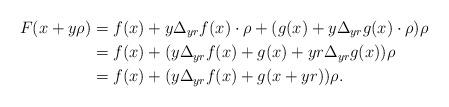
LaTeX: \begin{align*}F(x+y\rho) & = f(x) + y \Delta_{yr}f(x) \cdot \rho + (g(x) + y \Delta_{yr}g(x) \cdot \rho)\rho\\& = f(x) + (y \Delta_{yr}f(x) + g(x) + yr\Delta_{yr}g(x)) \rho\\& = f(x) + (y \Delta_{yr}f(x) +g(x+yr))\rho.\end{align*}